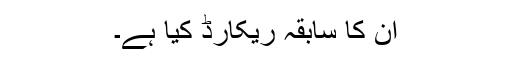
ان کا سابقہ ریکارڈ کیا ہے۔